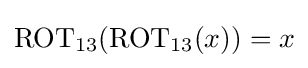
{\mbox{ROT}}_{13}({\mbox{ROT}}_{13}(x))=x